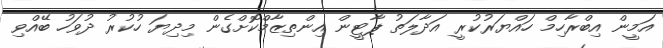
އަމީން އިބްރާހިމް ހައްޔަރުކުރީ އަދާލަތު ޕާޓީން އިންތިޒާމްކޮށްގެން މިދިޔަ ހުކުރު ދުވަހު ބޭއްވި